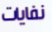
نفايات